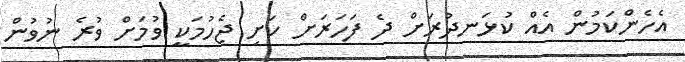
އެހެންކަމުން އެއް ކުޅަނދުރަށް ދެ ފަހަރަށް ކަށި ޖެހުމަކީ ވުމަށް ވުރެ ނުވުން